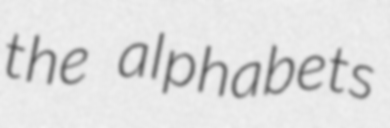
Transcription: the alphabets